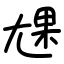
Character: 㞅